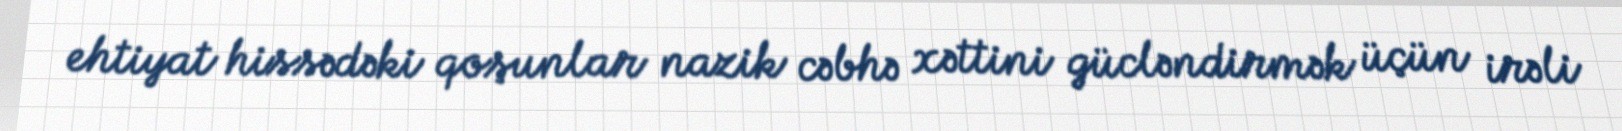
ehtiyat hissədəki qoşunlar nazik cəbhə xəttini gücləndirmək üçün irəli